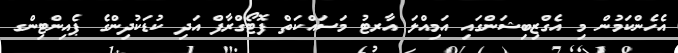
އެހެންކަމުން މި އެގްޒިބިޝަންގައި އަމިއްލަ އާރޓު މަސައްކަތް ފޮޓޯގްރާފް އަދި ކުޑަކުދިންގެ ޕެއިންޓިންގ